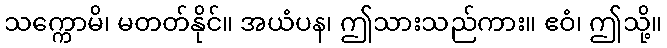
သက္ကောမိ၊ မတတ်နိုင်။ အယံပန၊ ဤသားသည်ကား။ ဧဝံ၊ ဤသို့။